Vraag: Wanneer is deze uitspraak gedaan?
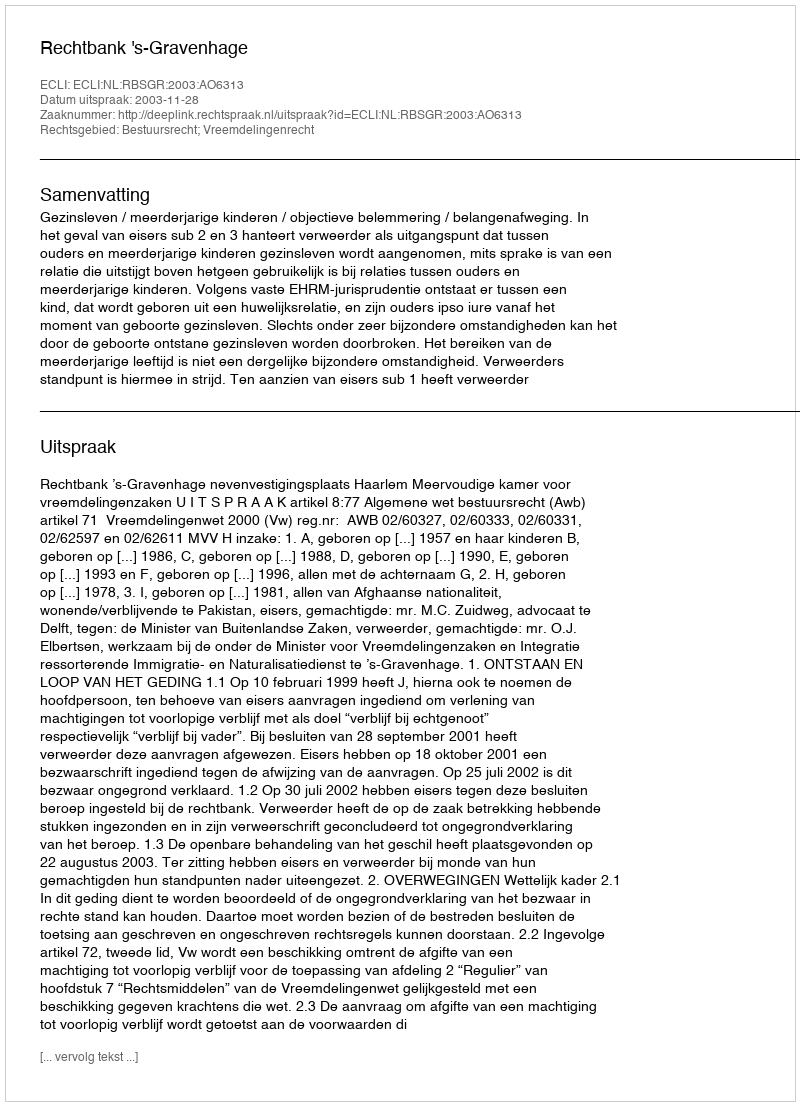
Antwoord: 2003-11-28